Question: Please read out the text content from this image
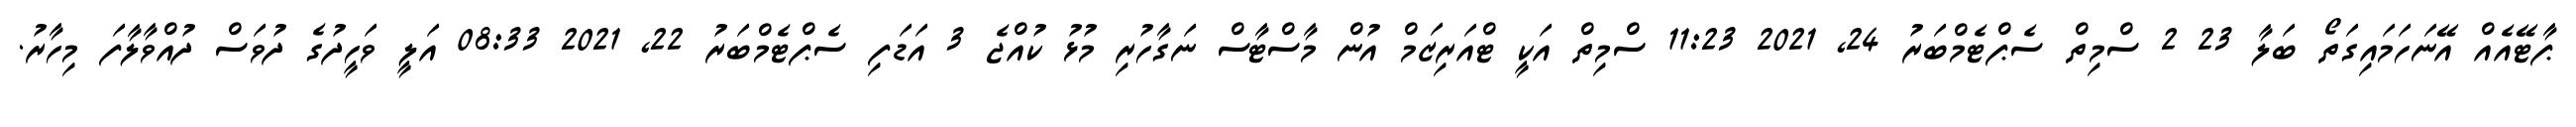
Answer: ޕާޓޭއެއް އޭނަހަމައިގަތޯ ބަލާ 23 2 ސްމިތް ސެޕްޓެމްބަރު 24, 2021 11:23 ސްމިތް އަކީ ޓްއަރިޒަމް އުން މާސްޓާސް ނަގާހުރި މުޅު ކުއްޖެ 3 އަޑަފި ސެޕްޓެމްބަރު 22, 2021 08:33 އަލީ ވަހީދުގެ ދުވަސް ދުއްވާލާފަ މިހާރު.